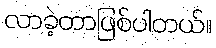
လာခဲ့တာဖြစ်ပါတယ်။